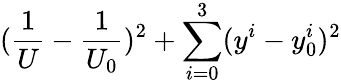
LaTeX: (\frac{1}{U}-\frac{1}{U_{0}})^{2}+\sum_{i=0}^{3}(y^{i}-y_{0}^{i})^{2}